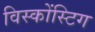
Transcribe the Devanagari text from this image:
विस्कोंस्टिग